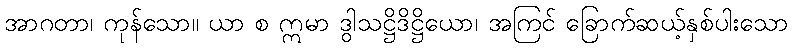
အာဂတာ၊ ကုန်သော။ ယာ စ ဣမာ ဒွါသဋ္ဌိဒိဋ္ဌိယော၊ အကြင် ခြောက်ဆယ့်နှစ်ပါးသော